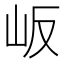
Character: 岅